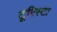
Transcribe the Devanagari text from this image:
टूरिस्टा